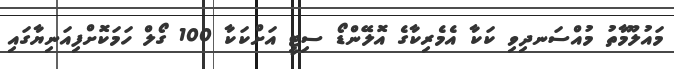
މައުލޫމާތު މުއްސަނދިވި ކަކާ އެމެރިކާގެ އޮލޭންޑޯ ސިޓީ އަށްކަކާ 100 ގޯލް ހަމަކޮށްފިއަނިޔާގައި